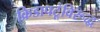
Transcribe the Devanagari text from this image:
क्रिडापटूंविरूद्ध